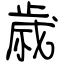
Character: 歳